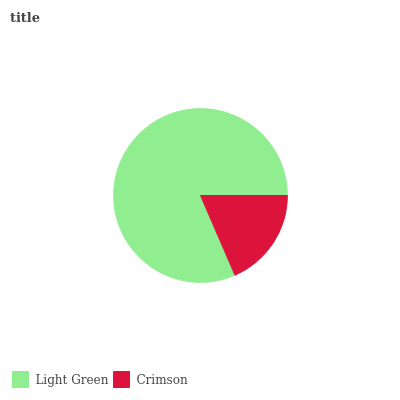
| Light Green | Crimson |
 | --- | --- |
 | 81.5% | 18.5% |